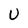
Character: U